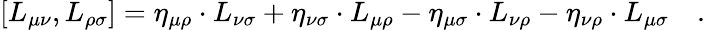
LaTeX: \left[L_{\mu\nu},L_{\rho\sigma}\right]=\eta_{\mu\rho}\cdot L_{\nu\sigma}+\eta_{\nu\sigma}\cdot L_{\mu\rho}-\eta_{\mu\sigma}\cdot L_{\nu\rho}-\eta_{\nu\rho}\cdot L_{\mu\sigma}\quad.